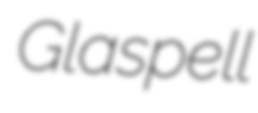
Glaspell